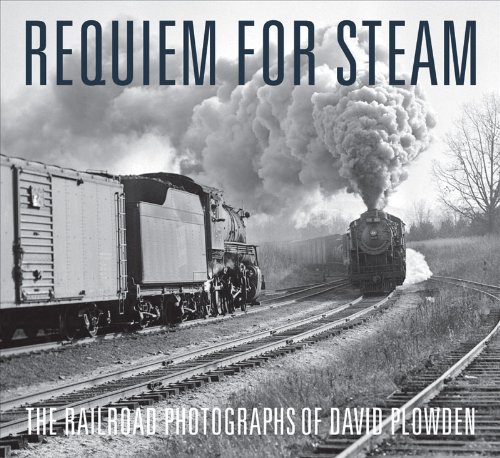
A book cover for Requiem for Steam: The Railroad Photographs of David Plowden; David Plowden; Arts & Photography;